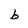
Character: b